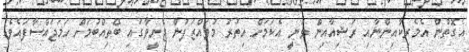
އެގޮތުން އެމެރިކާއިންނާއި ރަޝިއާއިން ވަނީ އެކަމަށް އިތުރު މުވައްޒަފުން ޖެނީވާގައި ބޭތިއްބުމަށް ހަމަޖައްސާފައެވެ.